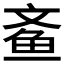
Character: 𮹓